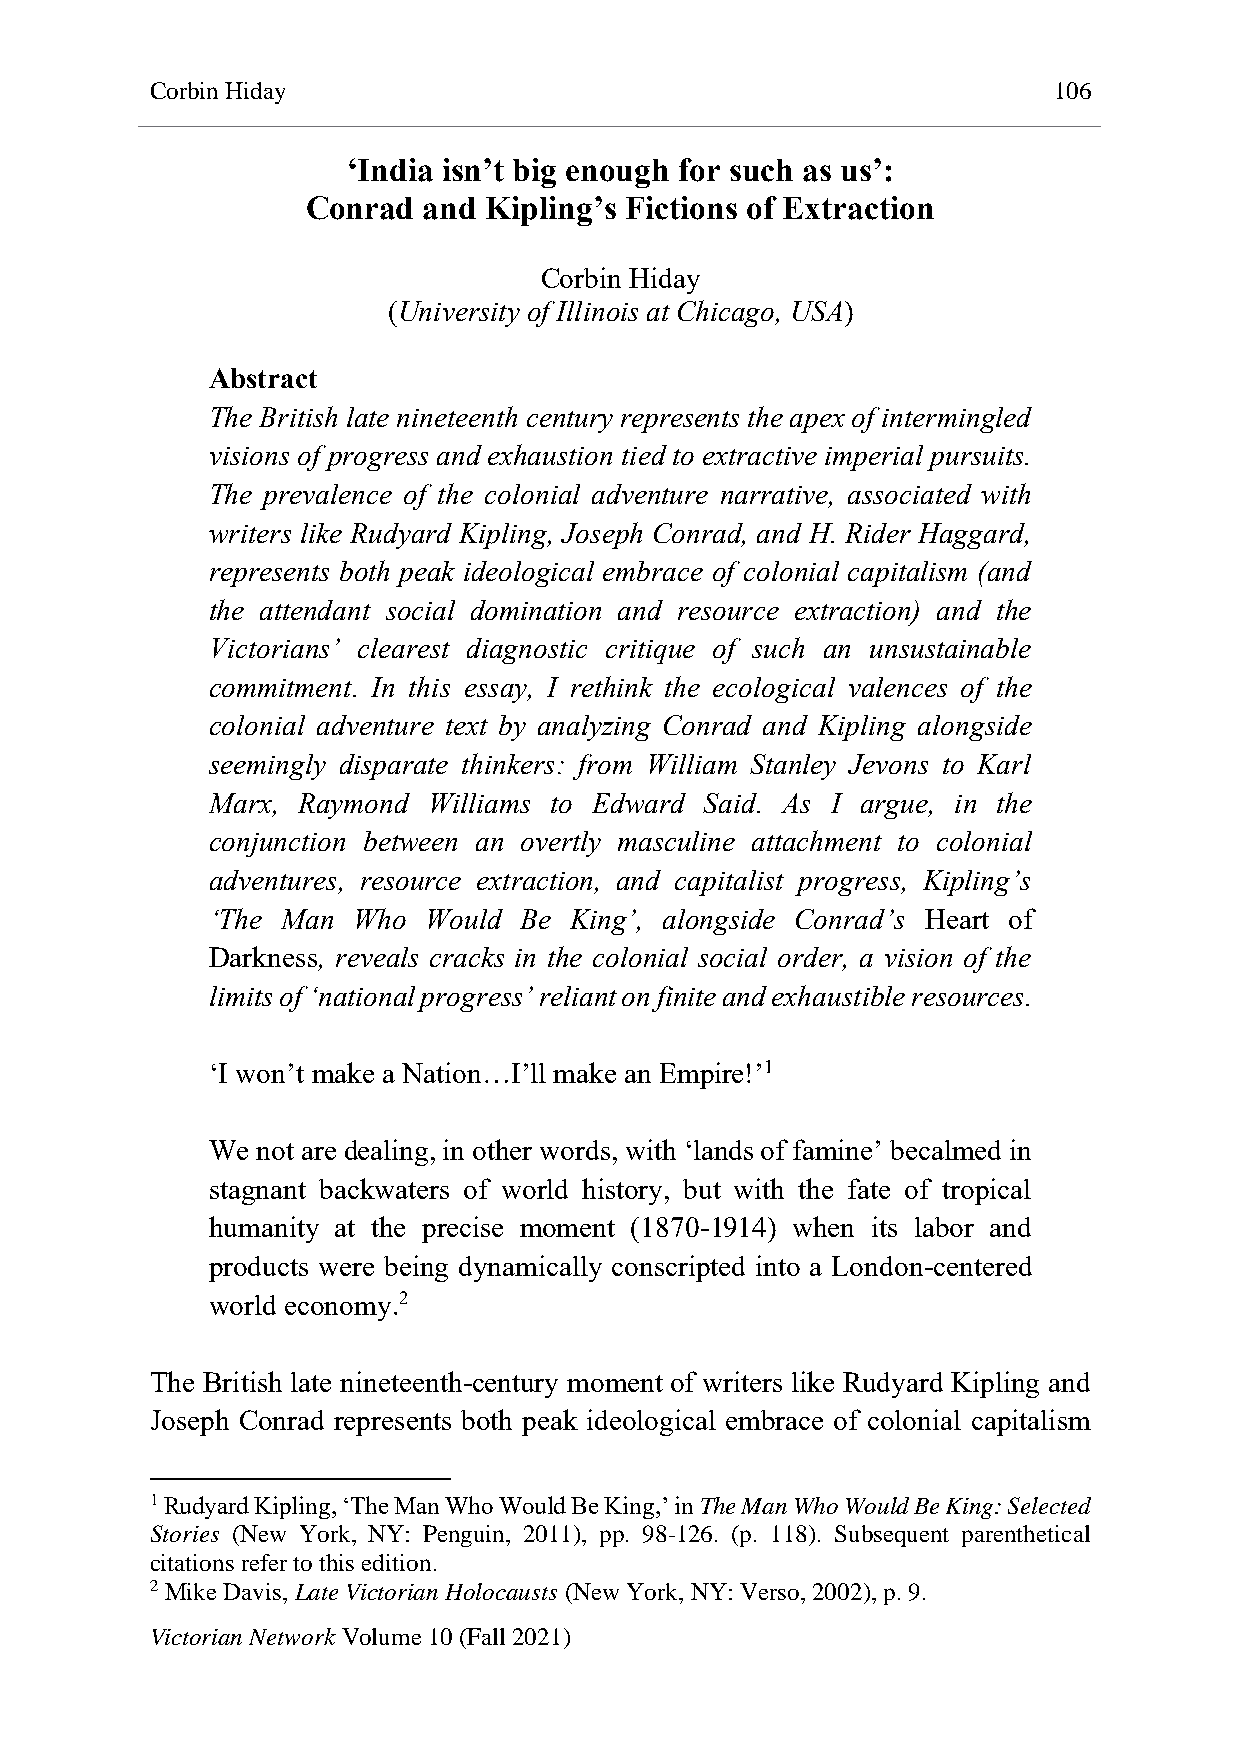
Corbin Hiday                                                106
 ‘India isn’t big enough for such as us’:
 Conrad  and Kipling’s Fictions of Extraction
 Corbin Hiday
 (University of Illinois at Chicago, USA)
 Abstract
 The British late nineteenth century represents the apex of intermingled
 visions of progress and exhaustion tied to extractive imperial pursuits.
 The prevalence of the colonial adventure narrative, associated with
 writers like Rudyard Kipling, Joseph Conrad, and H. Rider Haggard,
 represents both peak ideological embrace of colonial capitalism (and
 the attendant social domination and resource extraction) and the
 Victorians’ clearest diagnostic critique of such an unsustainable
 commitment. In this essay, I rethink the ecological valences of the
 colonial adventure text by analyzing Conrad and Kipling alongside
 seemingly disparate thinkers: from William Stanley Jevons to Karl
 Marx, Raymond Williams to Edward Said. As I argue, in the
 conjunction between an overtly masculine attachment to colonial
 adventures, resource extraction, and capitalist progress, Kipling’s
 ‘The Man Who  Would Be  King’, alongside Conrad’s Heart of
 Darkness, reveals cracks in the colonial social order, a vision of the
 limits of ‘national progress’ reliant on finite and exhaustible resources.
 ‘I won’t make a Nation…I’ll make an Empire!’1
 We not are dealing, in other words, with ‘lands of famine’ becalmed in
 stagnant backwaters of world history, but with the fate of tropical
 humanity at the precise moment (1870-1914) when its labor and
 products were being dynamically conscripted into a London-centered
 world economy.2
 The British late nineteenth-century moment of writers like Rudyard Kipling and
 Joseph Conrad represents both peak ideological embrace of colonial capitalism
 1 Rudyard Kipling, ‘The Man Who Would Be King,’ in The Man Who Would Be King: Selected
 Stories (New York, NY: Penguin, 2011), pp. 98-126. (p. 118). Subsequent parenthetical
 citations refer to this edition.
 2 Mike Davis, Late Victorian Holocausts (New York, NY: Verso, 2002), p. 9.
 Victorian Network Volume 10 (Fall 2021)